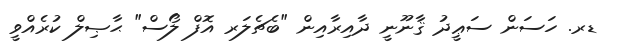
ޑރ. ހަސަން ސަޢީދު ޤާނޫނީ ދާއިރާއިން "ބެޗެލަރ އޮފް ލޯސް" ޙާޞިލް ކުރެއްވީ